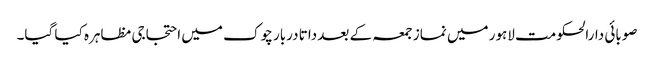
صوبائی دارالحکومت لاہور میں نماز جمعہ کے بعد داتا دربار چوک میں احتجاجی مظاہرہ کیا گیا۔